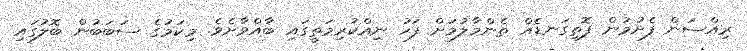
ރިއްސަން ފެށުމުން ފޮތިގަނޑެއް ތެންމާލުމަށް ފަހު ނިއްކުރިމަތީގައި ބާއްވާށެވެ. މިކަމުގެ ސަބަބުން ބޮލުގައި